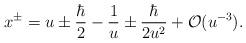
LaTeX: \begin{align*}&x^\pm = u \pm \frac{\hbar}{2} -\frac{1}{u} \pm \frac{\hbar}{2u^2}+\mathcal{O}(u^{-3}).\end{align*}